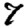
Digit: 7